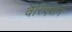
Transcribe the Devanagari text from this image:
वैरिएशन